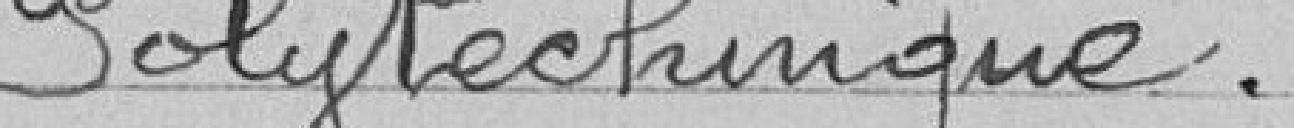
Polytechnique.